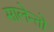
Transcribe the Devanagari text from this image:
सालेन्तो